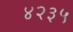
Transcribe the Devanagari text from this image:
४२३५